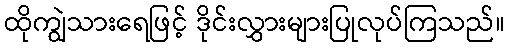
ထိုကျွဲသားရေဖြင့် ဒိုင်းလွှားများပြုလုပ်ကြသည်။